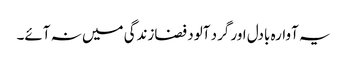
یہ آوارہ بادل اور گرد آلود فضازندگی میں نہ آئے۔